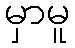
မှာမူ